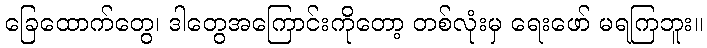
ခြေထောက်တွေ၊ ဒါတွေအကြောင်းကိုတော့ တစ်လုံးမှ ရေးဖော် မရကြဘူး။